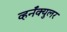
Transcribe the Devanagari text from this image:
व्हर्नॅक्युलर